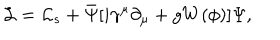
LaTeX: { \cal L } = { \cal L } _ { s } + \bar { \Psi } [ i \gamma ^ { \mu } \partial _ { \mu } + g W ( \phi ) ] \Psi ,